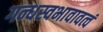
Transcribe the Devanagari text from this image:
गन्धस्वभावावत्वं